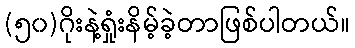
(၅၀)ဂိုးနဲ့ရှုံးနိမ့်ခဲ့တာဖြစ်ပါတယ်။